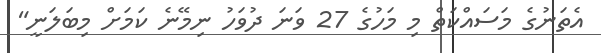
އެތަނުގެ މަސައްކަތް މި މަހުގެ 27 ވަނަ ދުވަހު ނިމޭނެ ކަމަށް މިބަލަނީ"